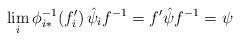
LaTeX: \begin{align*}\lim_i\phi_{i*}^{-1}(f'_i)\,\hat\psi_if^{-1}=f'\hat\psi f^{-1}=\psi\end{align*}